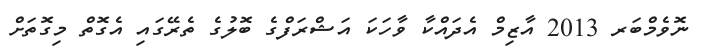
ނޮވެމްބަރ 2013 އާޒިމް އެދައްކާ ވާހަކަ އަޝްރަފްގެ ބޮލުގެ ތެރޭގައި އެގޮތް މިގޮތަށް